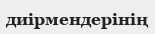
диірмендерінің